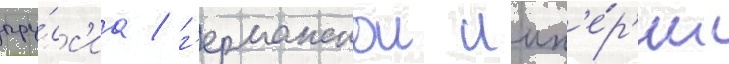
пру́сс'иа / г'ерманскои имп'е́р'ии